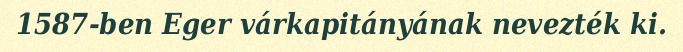
1587-ben Eger várkapitányának nevezték ki.